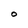
Character: O